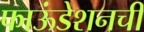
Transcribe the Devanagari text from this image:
फाऊंडेशनची